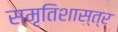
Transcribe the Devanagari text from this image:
स्मृतिशास्त्र